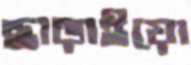
ছাড়াইয়ো